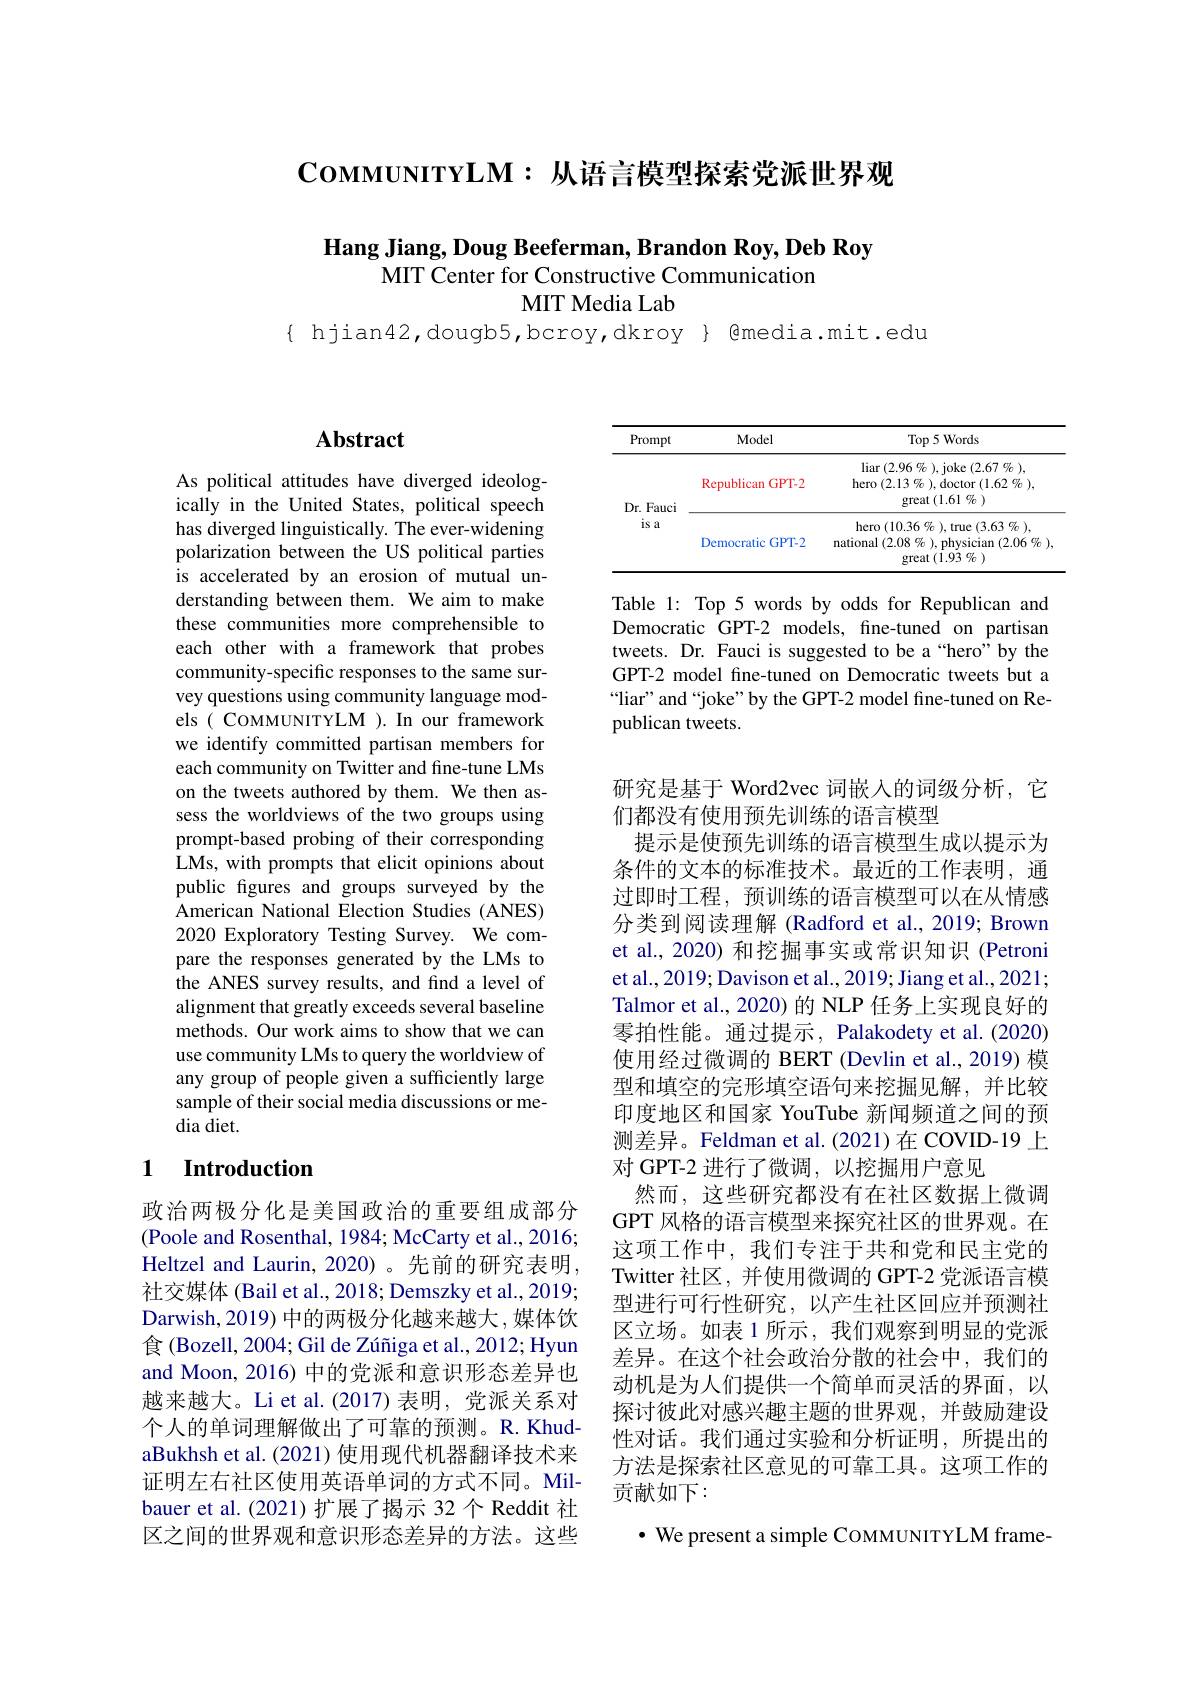
$\mathbf{Co}$ммимтү$\mathbf{LM}:$从语言模型探索党派世界观

## Hang Jiang, Doug Beeferman, Brandon Roy, Deb Roy MIT Center for Constructive Communication

MIT Media Lab

$\{$ hjian42,dougb5,bcroy,dkroy $\}$ @media.mit.edu

## $\mathbf{Abstract}$

As political attitudes have diverged ideologically in the United States, political speech has diverged linguistically. The ever-widening polarization between the US political parties is accelerated by an erosion of mutual understanding between them. We aim to make these communities more comprehensible to each other with a framework that probes community-specific responses to the same survey questions using community language models(COMMUNITYLM).Inourframework we identify committed partisan members for each community on Twitter and fine-tune LMs on the tweets authored by them. We then assess the worldviews of the two groups using prompt-based probing of their corresponding LMs, with prompts that elicit opinions about public figures and groups surveyed by the American National Election Studies (ANES) 2020 Exploratory Testing Survey. We compare the responses generated by the LMs to the ANES survey results, and find a level of alignment that greatly exceeds several baseline methods. Our work aims to show that we can use community LMs to query the worldview of any group of people given a sufficiently large sample of their social media discussions or media diet.

### 1 Introduction

政治两极分化是美国政治的重要组成部分(Poole and Rosenthal, 1984; McCarty et al., 2016; Heltzel and Laurin, 2020) 。先前的研究表明社交媒体 (Bail et al., 2018; Demszky et al., 2019; Darwish,2019) 中的两极分化越来越大，媒体饮食 (Bozell, 2004; Gil de Zúñiga et al., 2012; Hyun and Moon, 2016) 中的党派和意识形态差异也越来越大。Li et al.(2017) 表明，党派关系对个人的单词理解做出了可靠的预测。R. KhudaBukhsh et al. (2021) 使用现代机器翻译技术来证明左右社区使用英语单词的方式不同。Milbauer et al.(2021)扩展了揭示 32 个 Reddit 社区之间的世界观和意识形态差异的方法。这些

<table>
	<tbody>
		<tr>
			<th>Prompt</th>
			<th>Model</th>
			<th>$\operatorname{Top}5\operatorname{Words}$</th>
		</tr>
		<tr>
			<td rowspan="2">Dr. Fauci is a</td>
			<td>Republican n GPT-2</td>
			<td>$\operatorname*{liar}(2.96\%)$,joke$(2.67\%)$, ${\mathrm{hero~}(2.13\%),\mathrm{doctor~}(1.62\%)}$ great $(1.61\%)$</td>
		</tr>
		<tr>
			<td>Democratic GPT-2</td>
			<td>${\mathrm{hero~}(10.36\%~),\mathrm{true~}(3.63~\%~)}$, ${\text{national}(2.08\%),\text{physician}(2.06\%)}$ great $(1.93\%)$</td>
		</tr>
	</tbody>
</table>

Table 1: Top 5 words by odds for Republican and Democratic GPT-2 models, fine-tuned on partisan tweets. Dr. Fauci is suggested to be a“hero”by the GPT-2 model fne-tuned on Democratic tweets but a “liar” and “joke” by the GPT-2 model fine-tuned on Republican tweets.

研究是基于 Word2vec 词嵌入的词级分析，它
们都没有使用预先训练的语言模型
提示是使预先训练的语言模型生成以提示为条件的文本的标准技术。最近的工作表明，通过即时工程，预训练的语言模型可以在从情感分类到阅读理解 (Radford et al., 2019; Brown et al., 2020) 和挖掘事实或常识知识 (Petroni et al., 2019; Davison et al., 2019; Jiang et al., 2021; Talmor et al., 2020) 的 NLP 任务上实现良好的零拍性能。通过提示，Palakodety et al.(2020) 使用经过微调的 BERT (Devlin et al., 2019) 模型和填空的完形填空语句来挖掘见解，并比较印度地区和国家 YouTube 新闻频道之间的预测差异。Feldman et al.(2021)在 COVID-19 上对 GPT-2 进行了微调，以挖掘用户意见
然而，这些研究都没有在社区数据上微调GPT 风格的语言模型来探究社区的世界观。在这项工作中，我们专注于共和党和民主党的Twitter 社区，并使用微调的 GPT-2 党派语言模型进行可行性研究，以产生社区回应并预测社区立场。如表 1 所示，我们观察到明显的党派差异。在这个社会政治分散的社会中，我们的动机是为人们提供一个简单而灵活的界面，以探讨彼此对感兴趣主题的世界观，并鼓励建设性对话。我们通过实验和分析证明，所提出的方法是探索社区意见的可靠工具。这项工作的贡献如下：
$\bullet$ We present a simple COMMUNITYLM frame-